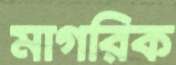
মাগরিক